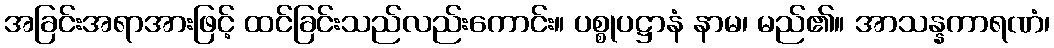
အခြင်းအရာအားဖြင့် ထင်ခြင်းသည်လည်းကောင်း။ ပစ္စုပဋ္ဌာနံ နာမ၊ မည်၏။ အာသန္နကာရဏံ၊